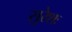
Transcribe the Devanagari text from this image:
सुरेशः